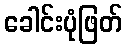
ခေါင်းပုံဖြတ်